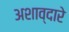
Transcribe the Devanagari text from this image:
अशाव्दारे